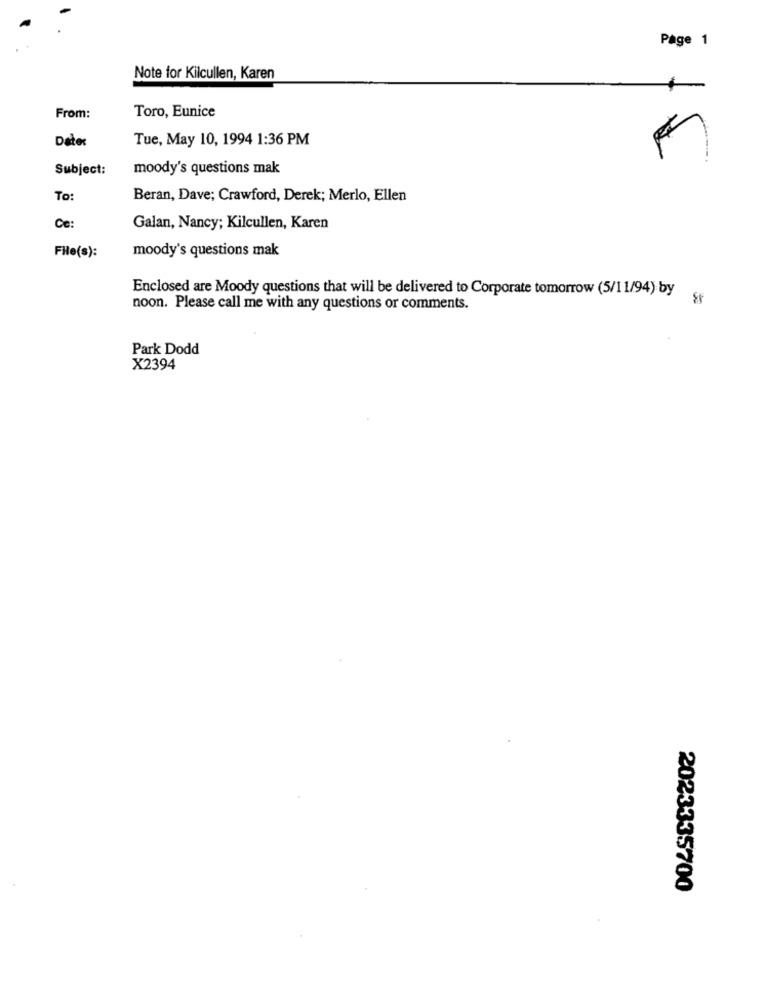
Page 1
Note for Kilcullen, Karen
Toro, Eunice
From:
Date:
Tue, May 10, 1994 1:36 PM
Subject:
moody's questions mak
To
Beran, Dave; Crawford, Derek; Merlo, Ellen
Ce:
Galan, Nancy; Kilcullen, Karen
FHle(s):
moody's questions mak
Enclosed are Moody questions that will be delivered to Corporate tomorrow (5/11/94) by
noon. Please call me with any questions or comments.
Park Dodd
X2394
2023335700